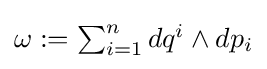
\textstyle \omega :=\sum _{i=1}^{n}dq^{i}\wedge dp_{i}